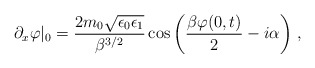
\begin{align*}\partial_{x}\varphi|_{0}=\frac{2m_{0}\sqrt{\epsilon_{0}\epsilon_{1}}}{\beta^{3/2}}\cos \left(\frac{\beta \varphi(0,t)}{2}-i\alpha\right)\,,\end{align*}